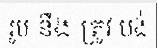
រូប នឹង ត្រូវ បង់